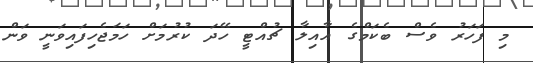
މި ފަހަރު ވެސް ބެކަމްގެ އާއިލާ ޗުއްޓީ ހޭދަ ކުރުމަށް ހަމަޖެހިފައިވަނީ ވަން